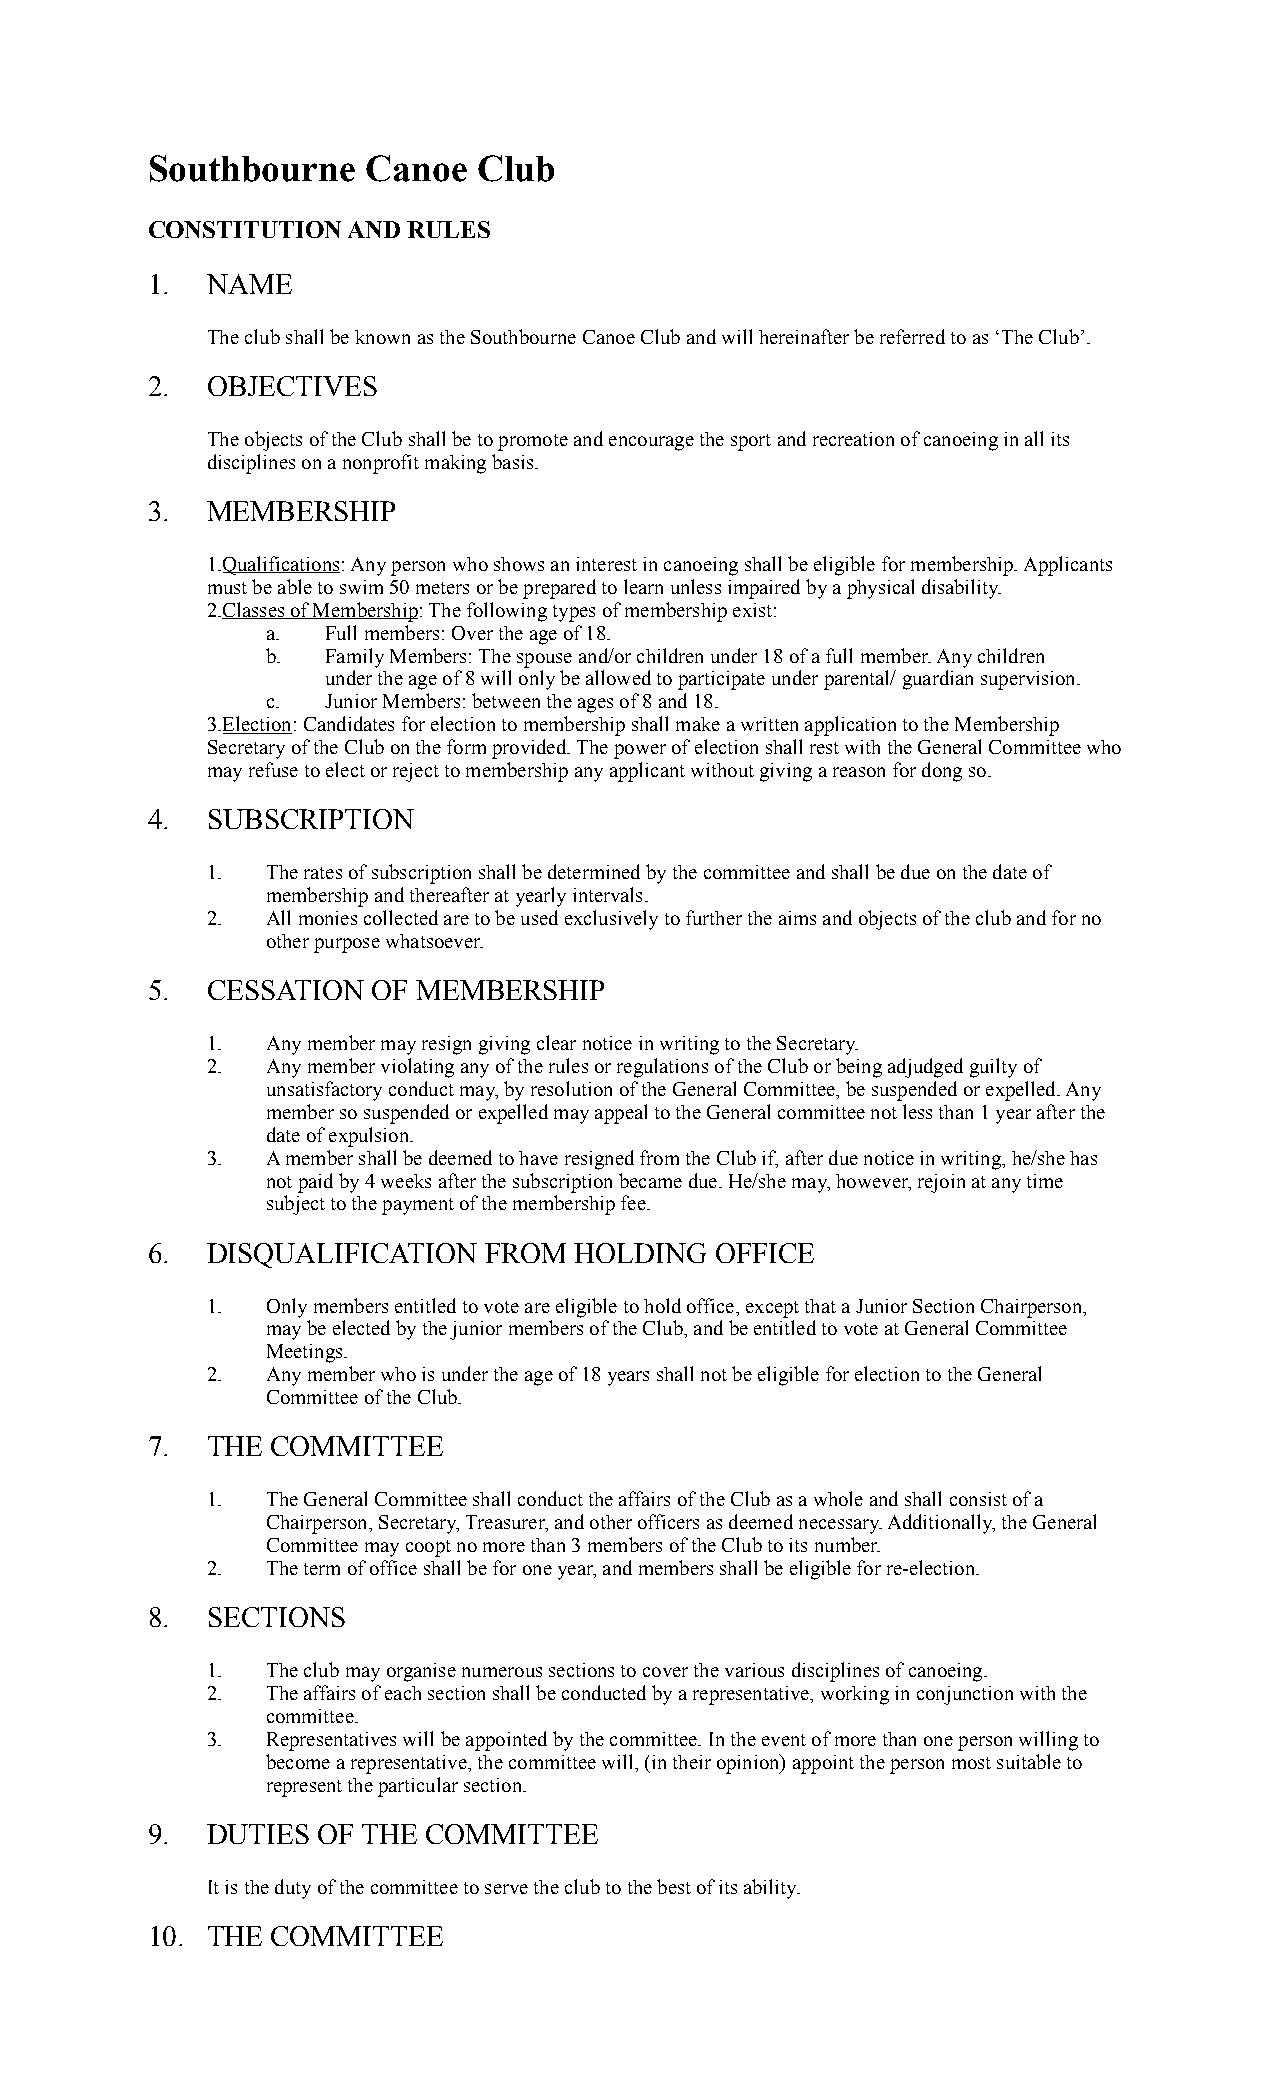
Southbourne   Canoe   Club
 CONSTITUTION AND RULES
 1.  NAME
 The club shall be known as the Southbourne Canoe Club and will hereinafter be referred to as ‘The Club’.
 2.  OBJECTIVES
 The objects of the Club shall be to promote and encourage the sport and recreation of canoeing in all its
 disciplines on a nonprofit making basis.
 3.  MEMBERSHIP
 1.Qualifications: Any person who shows an interest in canoeing shall be eligible for membership. Applicants
 must be able to swim 50 meters or be prepared to learn unless impaired by a physical disability.
 2.Classes of Membership: The following types of membership exist:
 a.  Full members: Over the age of 18.
 b.  Family Members: The spouse and/or children under 18 of a full member. Any children
 under the age of 8 will only be allowed to participate under parental/ guardian supervision.
 c.  Junior Members: between the ages of 8 and 18.
 3.Election: Candidates for election to membership shall make a written application to the Membership
 Secretary of the Club on the form provided. The power of election shall rest with the General Committee who
 may refuse to elect or reject to membership any applicant without giving a reason for dong so.
 4.  SUBSCRIPTION
 1.  The rates of subscription shall be determined by the committee and shall be due on the date of
 membership and thereafter at yearly intervals.
 2.  All monies collected are to be used exclusively to further the aims and objects of the club and for no
 other purpose whatsoever.
 5.  CESSATION  OF MEMBERSHIP
 1.  Any member may resign giving clear notice in writing to the Secretary.
 2.  Any member violating any of the rules or regulations of the Club or being adjudged guilty of
 unsatisfactory conduct may, by resolution of the General Committee, be suspended or expelled. Any
 member so suspended or expelled may appeal to the General committee not less than 1 year after the
 date of expulsion.
 3.  A member shall be deemed to have resigned from the Club if, after due notice in writing, he/she has
 not paid by 4 weeks after the subscription became due. He/she may, however, rejoin at any time
 subject to the payment of the membership fee.
 6.  DISQUALIFICATION  FROM  HOLDING  OFFICE
 1.  Only members entitled to vote are eligible to hold office, except that a Junior Section Chairperson,
 may be elected by the junior members of the Club, and be entitled to vote at General Committee
 Meetings.
 2.  Any member who is under the age of 18 years shall not be eligible for election to the General
 Committee of the Club.
 7.  THE COMMITTEE
 1.  The General Committee shall conduct the affairs of the Club as a whole and shall consist of a
 Chairperson, Secretary, Treasurer, and other officers as deemed necessary. Additionally, the General
 Committee may coopt no more than 3 members of the Club to its number.
 2.  The term of office shall be for one year, and members shall be eligible for re-election.
 8.  SECTIONS
 1.  The club may organise numerous sections to cover the various disciplines of canoeing.
 2.  The affairs of each section shall be conducted by a representative, working in conjunction with the
 committee.
 3.  Representatives will be appointed by the committee. In the event of more than one person willing to
 become a representative, the committee will, (in their opinion) appoint the person most suitable to
 represent the particular section.
 9.  DUTIES OF THE COMMITTEE
 It is the duty of the committee to serve the club to the best of its ability.
 10. THE COMMITTEE